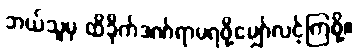
ဘယ်သူမှ ထိခိုက်ဒဏ်ရာမရဖို့မျှော်လင့်ကြစို့။